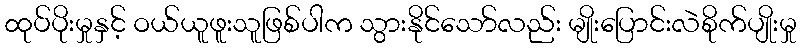
ထုပ်ပိုးမှုနှင့် ဝယ်ယူဖူးသူဖြစ်ပါက သွားနိုင်သော်လည်း မျိုးပြောင်းလဲစိုက်ပျိုးမှု